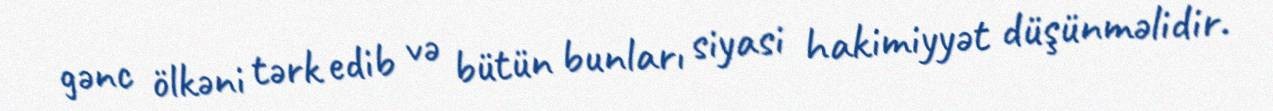
gənc ölkəni tərk edib və bütün bunları siyasi hakimiyyət düşünməlidir.